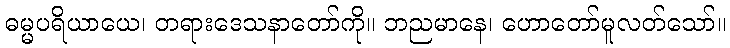
ဓမ္မပရိယာယေ၊ တရားဒေသနာတော်ကို။ ဘညမာနေ၊ ဟောတော်မူလတ်သော်။